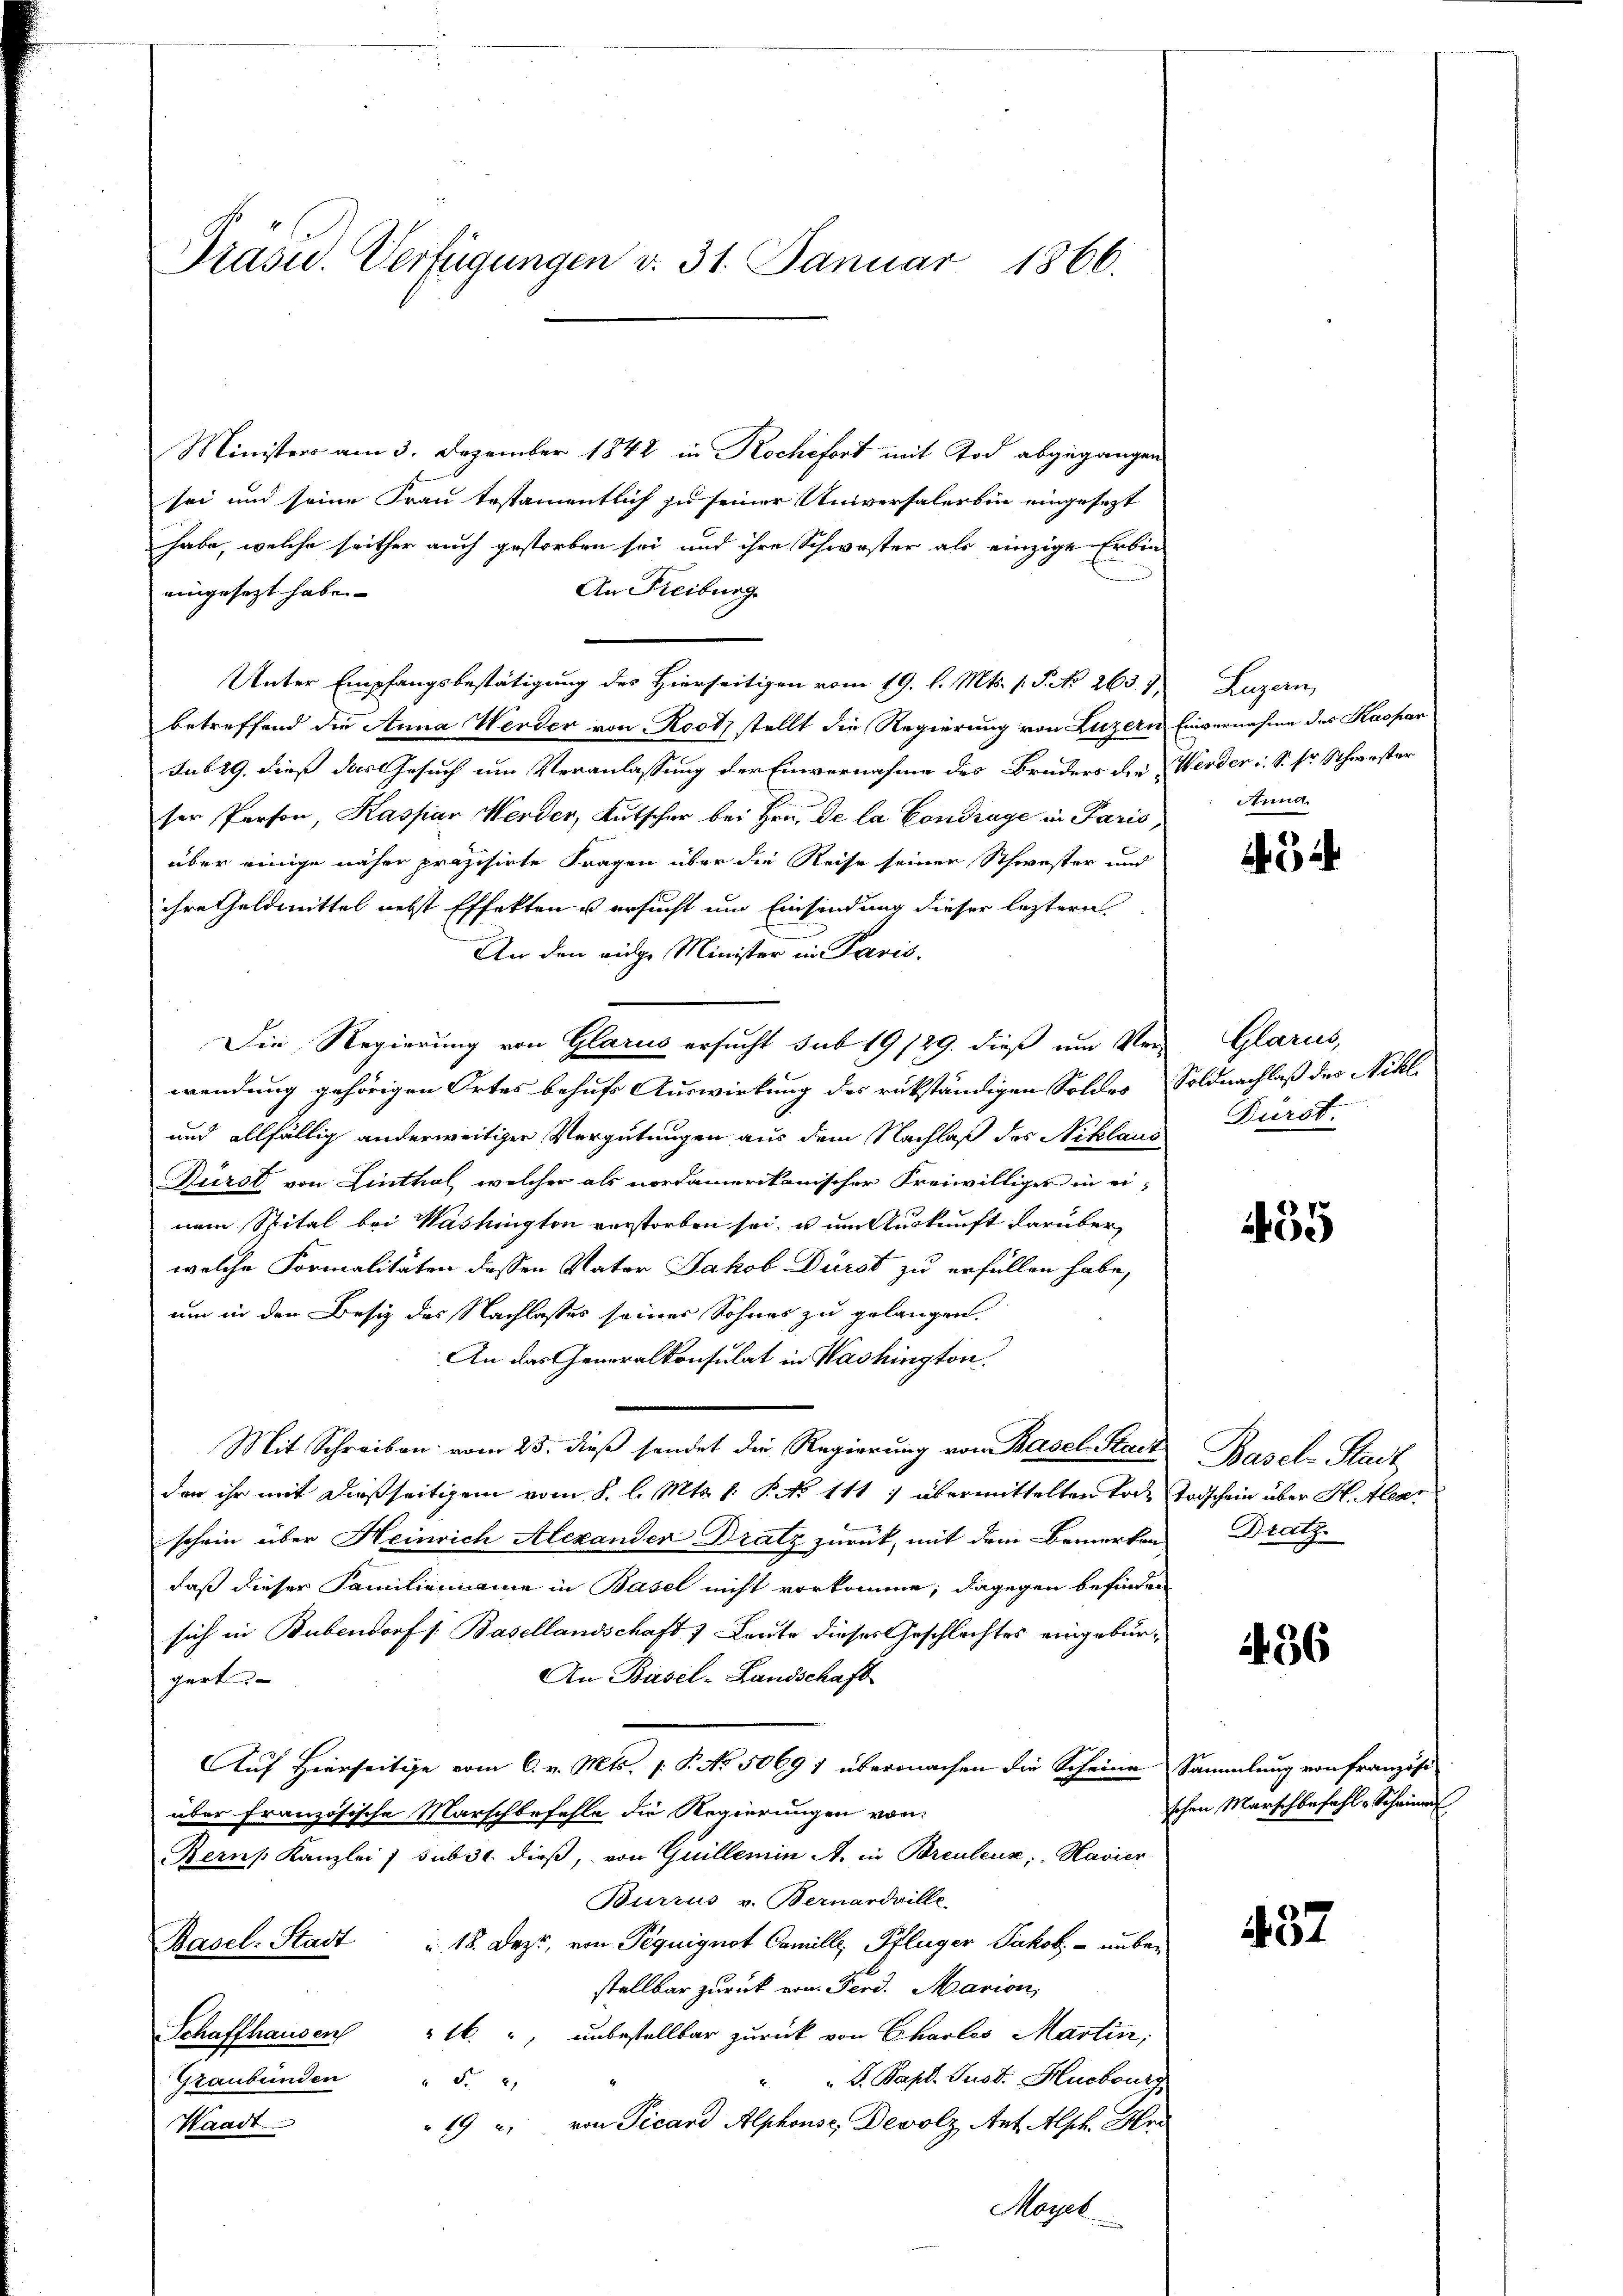
Präsid.. Verfügungen v. 31. Januar 1866.

Ministers am 3. Dezember 1842 in Rochifort mit Tod abgegangen
sei und seine Frau testamentlich zu seiner Universalerbin eingesetzt
habe, welche seither auch gestorben sei und ihre Schwester als einzige Erbin-
An Freiburg.
eingesezt habe.
Unter Empfangsbestätigung des Hierseitigen vom 19. d. Mts. 1. P. No 263. 7,
betreffend die Anna Werder von Rootz stellt die Regierung von Luzern Einvernahme des Kaspar
sub 29. dies das Gesuch um Veranlassung der Einvernahme des Bruders der Werder i. S. Er Schwester
ser Person, Kaspar Werder, Kutscher bei Hrn. De la Contrage in Paris,
über einige näher präzisirte Fragen über die Reise seiner Schwester und
ihre Geldmittel nebst Effekten u ersucht um Einsendung dieser leztern
An den eige Minister in Paris.
Die Regierung von Glarus ersucht sub 19/29. dieß um Verwendung gehörigen Ortes behufs Auswirkung des rükständigen Soldes Soldnachlaß des Nikl.
und allfällig anderweitiger Vergütungen aus dem Nachlaß des Niklaus
Fürst von Linthal, welcher als nordamerikanischer Freiwilliger in einem Spital bei Washington verstorben sei, u um Auskunft darüber
welche Formalitäten dessen Vater Jakob Dürst zu erfüllen habe,
um in den Besiz des Nachlasses seiner Sohnes zu gelangen.
An das Generalkonsulat in Washington.
Mit Schreiben vom 25. dieß sendet die Regierung von Basel-Stadt
der ihr mit dießseitigen vom 8. l. Mts. k. P. No 111 7 übermittelten Tode Todschein über H. Alear
schein über Heinrich Alexander Dratz zurück, mit dem Bemerken
daß dieser Familienname in Basel nicht vorkomme; dagegen befinden
sich in Bubendorf s. Basellandschaft 1 Leute dieses Geschlechtes eingebür¬
An Basel-Landschaft
gart
Auf Hierseitige vom 6. v. Mts. (: P. No 5069 1 übermachen die Scheine Sammlung von Französi
über französische Marschbefehle die Regierungen von
Bern Kanzlei 7 sub 31. dieß, von Guillemin A. in Breuleux; Havier
Burrus v. Bernardville.
Basel-Stadt u. 18. Dezt, von Pequignot Camille, Pflüger Jakob unbe-
stellbar zurück von Ferd. Marion,
Schaffhausen 16 ", unbestellbar zurück von Charles Martin,
S. Papt. Jusd. Huebours
Graubünden " 5.
19 u. von Picard Alphonse, Devolz, Ant. Alph. Her
Waadt
Moyet

Luzern,
Anna.

Glarus,
Fürst.

455

Basel Rud
Dratz

236

schen Marschbefahl, Scheinen

432